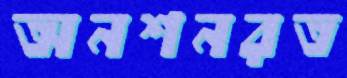
অনশনরত